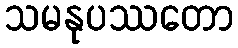
သမနုပဿတော